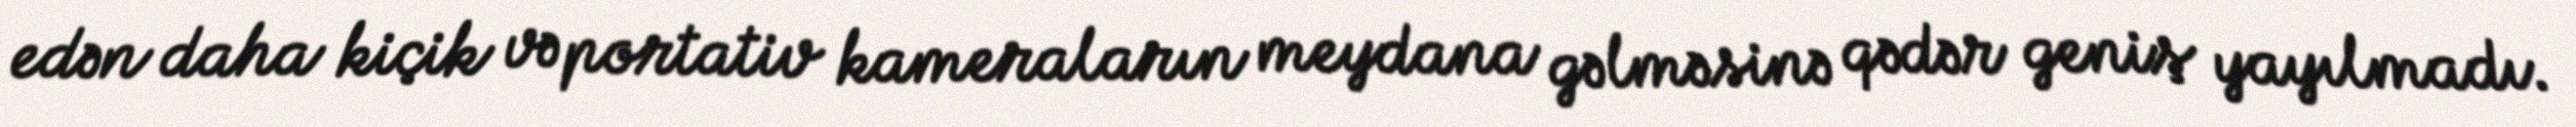
edən daha kiçik və portativ kameraların meydana gəlməsinə qədər geniş yayılmadı.